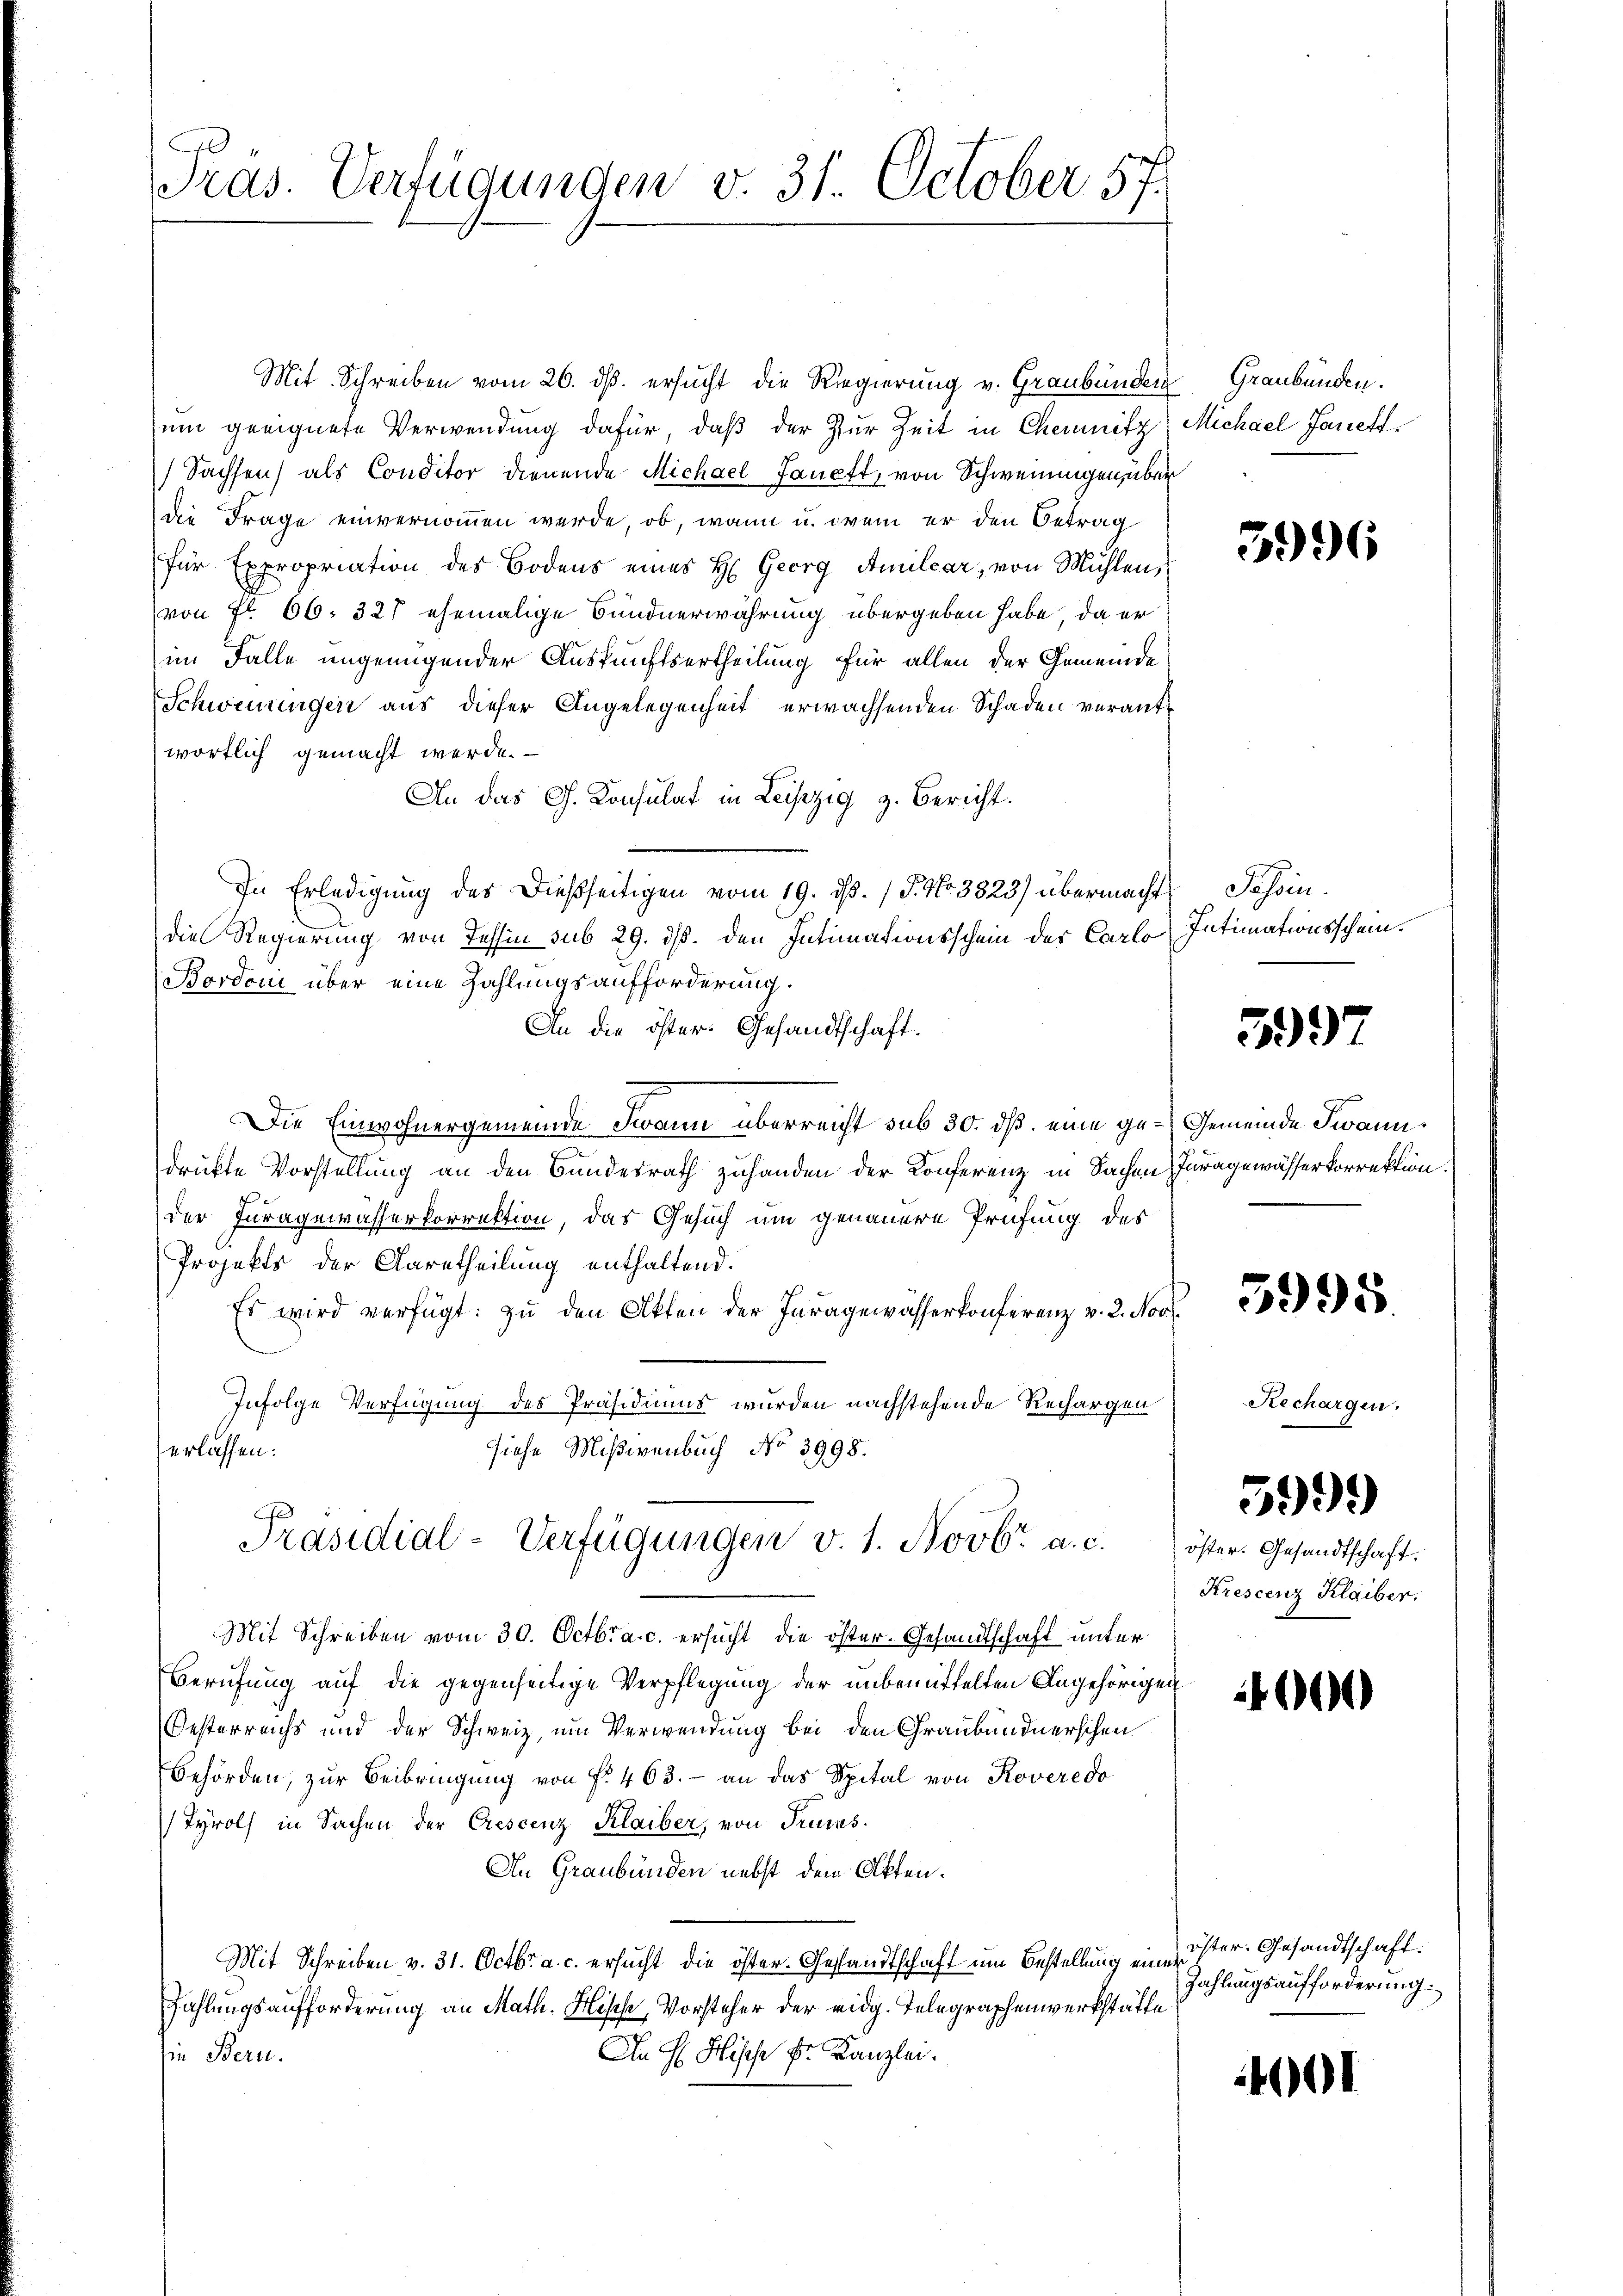
A
Pras. Verfügunden v. 31. October 57.

Mit Schreiben vom 26. ds. ersucht die Regierung v. Graubünden
um geeignete Verwendung dafür, daß der Zur Zeit in Chemnitz
Sachsen) als Conditor dienende Michael Janett, von Schweiningen, über
die Frage einvernommen werde, ob, wann u. dem er den Betrag
für Expropriation des Bodens eines H. Georg Amilcar, von Mühlen,
von Fr. 66. 327 ehemalige Bundnerwahrung übergeben habe, da er
im Falle ungenügender Auskunftsertheilung für allen der Gemeinde
Schwenringen aus dieser Angelegenheit erwachsenden Schaden verantwortlich gemacht werde.
An das G. Konsulat in Leiszig z. Bericht.
In Erledigung des dießseitigen vom 19. ds. / 5. No 3823) übermacht Passindie Regierung von Tessin sub 29. ds. den Intimationsschein des Carlo
Bordoni über eine Zahlungsaufforderung.
An die öster. Gesandtschaft.
Die Einwohnergemeinde Swann überreicht sub 30. ds. eine gedrükte Vorstellung an den Bundesrath zuhanden der Konferenz in Sachen
der Juragewässerkorrektion, das Gesuch um genauere Prüfung des
Projekts der Aaretheilung enthaltend.
Es wird verfügt: zu den Akten der Inragewässerkonferenz v. 2. Nov
Infolge Verfügung des Präsidiums wurden nachstehende Rechargen
siehe Mißivenbuch No 3998.
erlassen:
Präsidial-Verfügungen v. 1. Novbr a. c.
Mit Schreiben vom 30. Octbra c. ersucht die öster. Gesandtschaft unter
Berufung auf die gegenseitige Verpflegung der unbemittelten Angehörigen
Oesterreichs und der Schweiz, um Verwendung bei den Graubündnerschen
Behörden, zur Beibringung von f. 463. - an das Spital von Roveredo
Tyrols in Sachen der Crescenz Klaiber, von Trumas.
An Graubünden nebst dem Akten.
Mit Schreiben v. 31. Octbr. a. c. ersucht die öster. Gesandtschaft um Bestellung eine öster. Gesandtschaft.
Zahlungsaufforderung an Math. Hische, Vorsteher der eidg. Telegraphenwerkstätte
An H Hische Fr. Kanzlei.
ie Bern.

Graubünden.
Michael Janett.

5996

Intimationsschein.

397

Gemeinde Swann.
Iuragewässerkorrektion.

3998.

Rechargen.

öster. Gesandtschaft.
Krescenz Klaiber.

5999)

0

Zahlungsaufforderung.

01